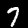
Label: 7